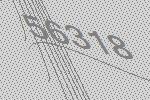
56318